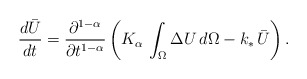
\begin{align*}\frac{d \bar{U}}{d t} = \frac{\partial^{1-\alpha}}{\partial t^{1-\alpha}}\left(K_{\alpha}\,\int_{\Omega}\Delta U\,d\Omega - k_{\ast}\,\bar{U}\right).\end{align*}